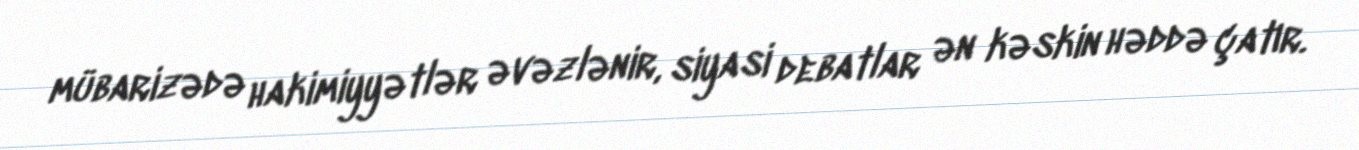
mübarizədə hakimiyyətlər əvəzlənir, siyasi debatlar ən kəskin həddə çatır.